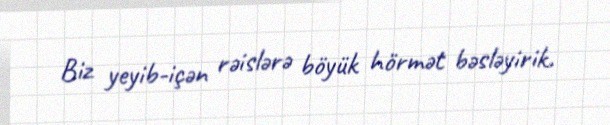
Biz yeyib-içən rəislərə böyük hörmət bəsləyirik.